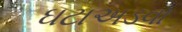
ઘટાઅડવા